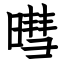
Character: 暳